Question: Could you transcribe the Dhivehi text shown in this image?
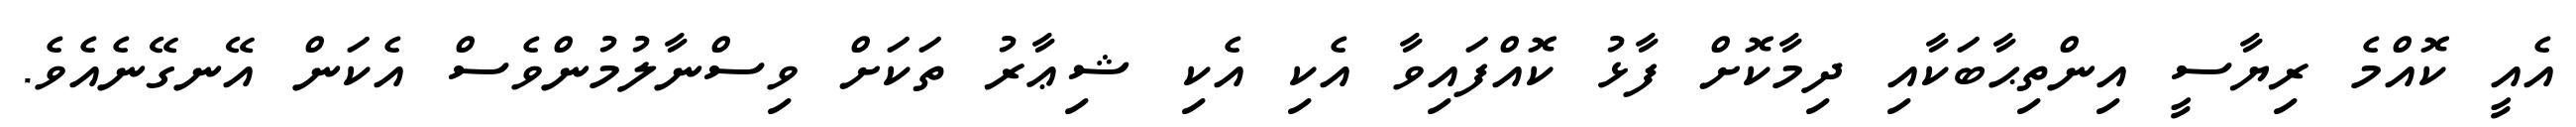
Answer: އެއީ ކޮއްމެ ރިޔާސީ އިންތިޙާބަކާއި ދިމާކޮށް ފާޅު ކޮއްފައިވާ އެކި އެކި ޝިޢާރު ތަކަށް ވިސްނާލުމުންވެސް އެކަން އޭނގޭނެއެވެ.